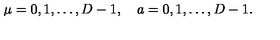
\mu = 0 , 1 , \ldots , D - 1 , \quad a = 0 , 1 , \ldots , D - 1 .